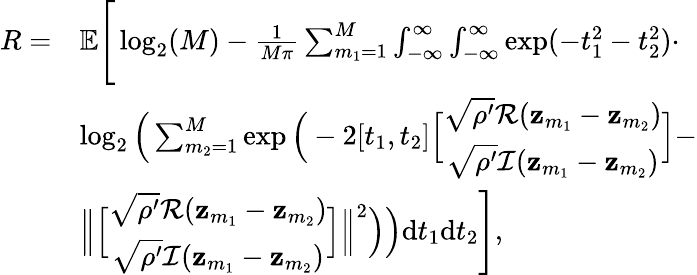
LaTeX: \begin{array}{rl}{R=}&{\mathbb{E}\Bigg[\log_{2}(M)-\frac{1}{M\pi}\sum_{m_{1}=1}^{M}\int_{-\infty}^{\infty}\int_{-\infty}^{\infty}\exp(-t_{1}^{2}-t_{2}^{2})\cdot}\\ &{\log_{2}\Big(\sum_{m_{2}=1}^{M}\exp\Big(-2[t_{1},t_{2}]\Big[\begin{array}{c}{\sqrt{\rho^{\prime}}\mathcal{R}(\mathbf{z}_{m_{1}}-\mathbf{z}_{m_{2}})}\\ {\sqrt{\rho^{\prime}}\mathcal{I}(\mathbf{z}_{m_{1}}-\mathbf{z}_{m_{2}})}\end{array}\Big]-}\\ &{\Big\| \Big[\begin{array}{c}{\sqrt{\rho^{\prime}}\mathcal{R}(\mathbf{z}_{m_{1}}-\mathbf{z}_{m_{2}})}\\ {\sqrt{\rho^{\prime}}\mathcal{I}(\mathbf{z}_{m_{1}}-\mathbf{z}_{m_{2}})}\end{array}\Big]\Big\| ^{2}\Big)\Big)\mathrm{d}t_{1}\mathrm{d}t_{2}\Bigg],}\end{array}